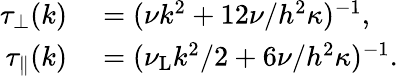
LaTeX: \begin{array}{rl}{\tau_{\perp}(k)}&{{}=(\nu k^{2}+12\nu/h^{2}\kappa)^{-1},}\\ {\tau_{\parallel}(k)}&{{}=(\nu_{\mathrm{L}}k^{2}/2+6\nu/h^{2}\kappa)^{-1}.}\end{array}